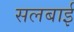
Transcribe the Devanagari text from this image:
सलबाई